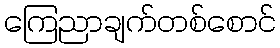
ကြေညာချက်တစ်စောင်